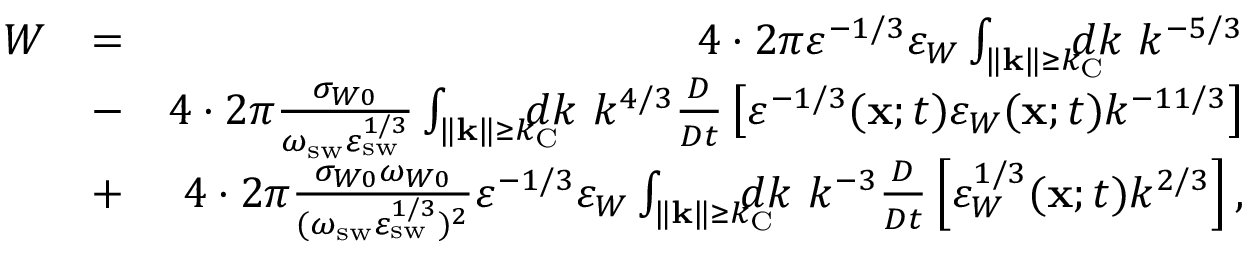
\begin{array} { r l r } { W } & { = } & { 4 \cdot 2 \pi \varepsilon ^ { - 1 / 3 } \varepsilon _ { W } \int _ { \| { \bf { k } } \| \ge k _ { \mathrm { { C } } } } \! \! \! \! \! \! d k \ k ^ { - 5 / 3 } } \\ & { - } & { 4 \cdot 2 \pi \frac { \sigma _ { W 0 } } { \omega _ { \mathrm { s w } } \varepsilon _ { \mathrm { { s w } } } ^ { 1 / 3 } } \int _ { \| { \bf { k } } \| \ge k _ { \mathrm { C } } } \! \! \! \! \! \! d k \ k ^ { 4 / 3 } \frac { D } { D t } \left[ { \varepsilon ^ { - 1 / 3 } ( { \bf { x } } ; t ) \varepsilon _ { W } ( { \bf { x } } ; t ) k ^ { - 1 1 / 3 } } \right] } \\ & { + } & { 4 \cdot 2 \pi \frac { \sigma _ { W 0 } \omega _ { W 0 } } { ( \omega _ { \mathrm { { s w } } } \varepsilon _ { \mathrm { s w } } ^ { 1 / 3 } ) ^ { 2 } } \varepsilon ^ { - 1 / 3 } \varepsilon _ { W } \int _ { \| { \bf { k } } \| \ge k _ { \mathrm { { C } } } } \! \! \! \! \! \! d k \ k ^ { - 3 } \frac { D } { D t } \left[ { \varepsilon _ { W } ^ { 1 / 3 } ( { \bf { x } } ; t ) k ^ { 2 / 3 } } \right] , } \end{array}